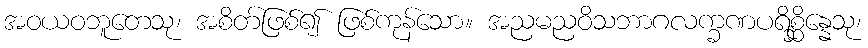
အဝယဝဘူတေသု၊ အစိတ်ဖြစ်၍ ဖြစ်ကုန်သော။ အညမညဝိသဘာဂလက္ခဏပရိစ္ဆိန္နေသု၊